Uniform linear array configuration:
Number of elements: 48
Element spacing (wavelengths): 0.75
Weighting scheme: blackman
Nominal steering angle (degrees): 15
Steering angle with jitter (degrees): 13.018
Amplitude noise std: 0.05
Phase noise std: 0.05

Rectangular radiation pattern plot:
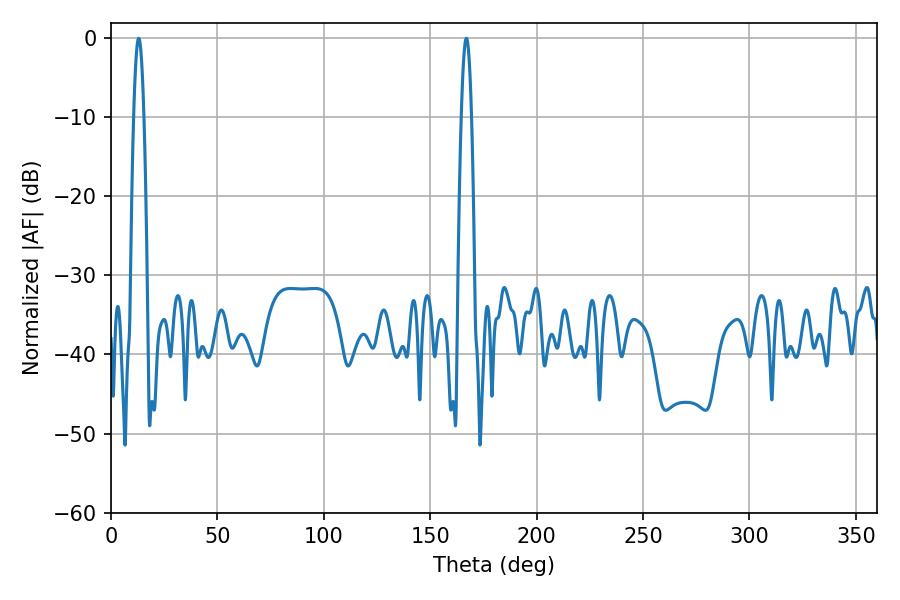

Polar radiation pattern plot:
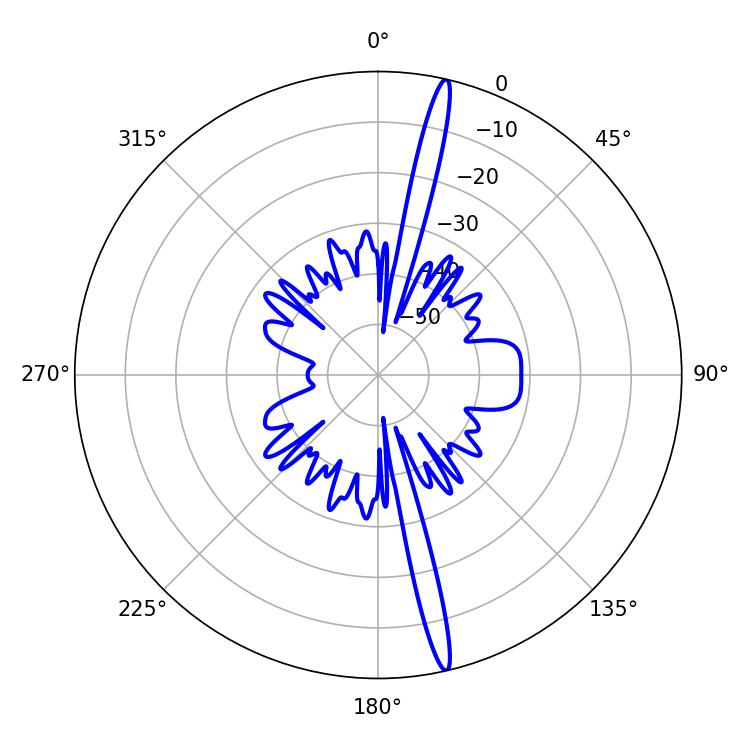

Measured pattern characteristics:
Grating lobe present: TRUE
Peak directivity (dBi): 19.411
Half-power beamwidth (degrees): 2.52
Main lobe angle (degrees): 12.96